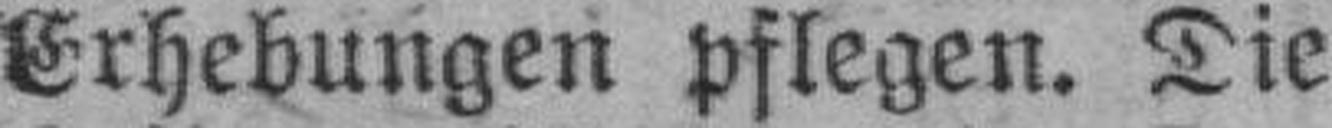
Erhebungen pflegen. Die